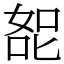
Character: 㖲